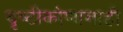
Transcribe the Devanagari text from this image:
दृष्टीकोणाचाही